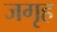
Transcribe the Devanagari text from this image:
जगृह